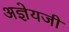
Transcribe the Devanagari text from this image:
अज्ञेयजी